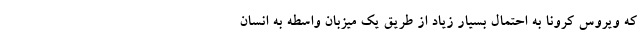
که ویروس کرونا به احتمال بسیار زیاد از طریق یک میزبان واسطه به انسان